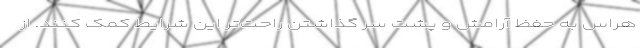
هراس به حفظ آرامش و پشت سر گذاشتن راحت‌تر این شرایط کمک کنند. از